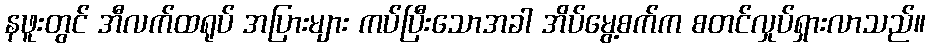
နဖူးတွင် အီလက်ထရုပ် အပြားများ ကပ်ပြီးသောအခါ အိပ်မွေ့စက်က စတင်လှုပ်ရှားလာသည်။